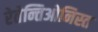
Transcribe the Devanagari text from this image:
रेतेन्तिओनिस्त